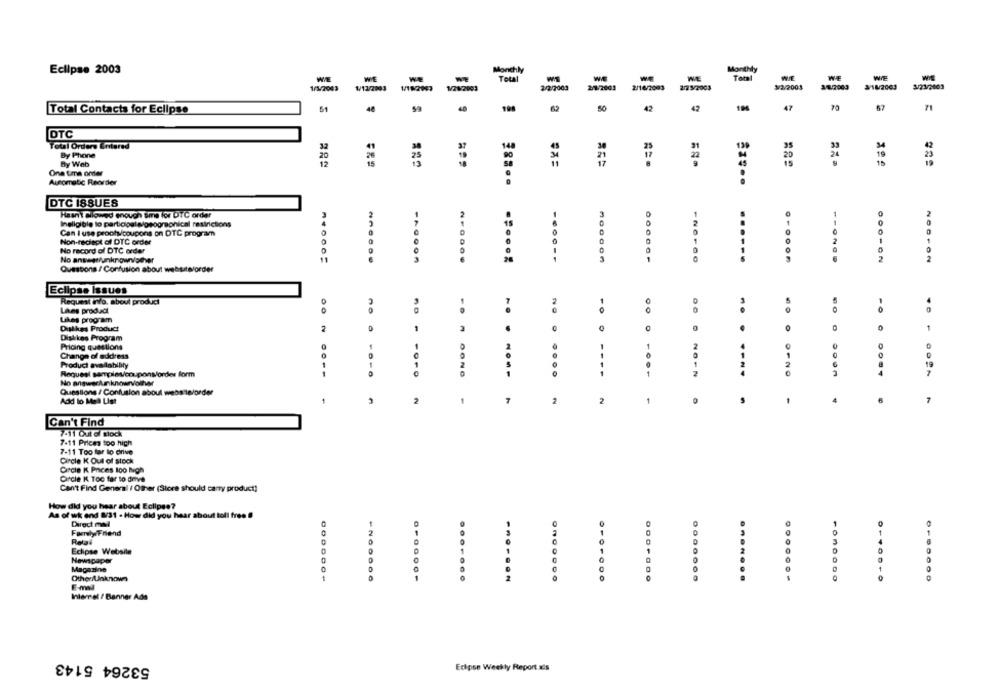
Monthly
Monthly
Eclipse 2003
WIE
WIE
WIE
Total
WE
Total
WIE
WE
1/1/2003
₩/12/2003
1/182043
2/2/2003
2/9/2001
2/16/2003
272 3/2003
M2/2003
3/18/2003
$/21/2003
Total Contacts for Eclipse
50
47
47
67
71
DTC
Total Orders Entered
14
By Phone
13
35
20
By Web
12
15
Ona Uma order
Automatic Reorder
DTC ISSUES
Hasn't allowed enough sme for DTC order
Ineligible to partidosle/geographical restrictions
Can I use proofyicoupons on DTC program
Non-recept of DTC order
1
No record of DTC order
No answer/unknownother
-...--
......
SOO -ON
Questions / Confusion about websiteforder
Eclipse Issues
Request invo, about produci
Likes product
0
Likes program
0
Dislikes Product
2
0
1
3
1
Dislikes Program
Pricing questions
O
Change of address
Product availability
1
---
Request samplevonuponslorder form
1
.....
Questions / Confusion aboul website/order
Add to Mall List
1
1
7
1
2
1
4
Can't Find
7-11 Out Gi slock
7-11 Prices too high
7-11 Too far lo drive
Circle K Out of stock
Circle K Prices 100 Igh
Circle K Too far to dove
Can't Find General / Other (Store should carry product!
How did you hear about Eclipse?
As of wk end 831 - How did you hear about toll free !
Direct mail
Farely/Friend
Relai
Eclipse Websile
Newspaper
Magazine
OtherUnknown
.......
-......
.......
.......
E-mail
Interrel / Banner Ads
53264 5143
Eclipse Weekly Report als